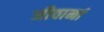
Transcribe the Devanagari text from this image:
जीवानां